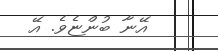
އޭނާ ބުންޏެވެ. އޭ